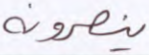
ينصرونه